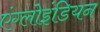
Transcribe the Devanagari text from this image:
एंग्लोइंडियन